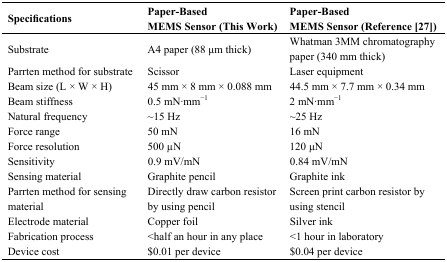
<table><thead><tr><td><b>Specifications</b></td><td><b>Paper-Based MEMS Sensor (This Work)</b></td><td><b>Paper-Based MEMS Sensor (Reference [27])</b></td></tr></thead><tbody><tr><td>Substrate</td><td>A4 paper (88 μm thick)</td><td>Whatman 3MM chromatography paper (340 mm thick)</td></tr><tr><td>Parrten method for substrate</td><td>Scissor</td><td>Laser equipment</td></tr><tr><td>Beam size (L × W × H)</td><td>45 mm × 8 mm × 0.088 mm</td><td>44.5 mm × 7.7 mm × 0.34 mm</td></tr><tr><td>Beam stiffness</td><td>0.5 mN·mm<sup>−1</sup></td><td>2 mN·mm<sup>−1</sup></td></tr><tr><td>Natural frequency</td><td>∼15 Hz</td><td>∼25 Hz</td></tr><tr><td>Force range</td><td>50 mN</td><td>16 mN</td></tr><tr><td>Force resolution</td><td>500 μN</td><td>120 μN</td></tr><tr><td>Sensitivity</td><td>0.9 mV/mN</td><td>0.84 mV/mN</td></tr><tr><td>Sensing material</td><td>Graphite pencil</td><td>Graphite ink</td></tr><tr><td>Parrten method for sensing material</td><td>Directly draw carbon resistor by using pencil</td><td>Screen print carbon resistor by using stencil</td></tr><tr><td>Electrode material</td><td>Copper foil</td><td>Silver ink</td></tr><tr><td>Fabrication process</td><td>&lt;half an hour in any place</td><td>&lt;1 hour in laboratory</td></tr><tr><td>Device cost</td><td>$0.01 per device</td><td>$0.04 per device</td></tr></tbody></table>